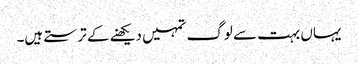
یہاں بہت سے لوگ تمہیں دیکھنے کے ترستے ہیں۔